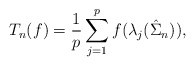
\begin{align*} T_n(f) = \frac{1}{p}\sum_{j=1}^p f(\lambda_j(\hat\Sigma_n)),\end{align*}